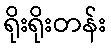
ရိုးရိုးတန်း